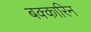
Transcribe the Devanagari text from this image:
बक्कारिन